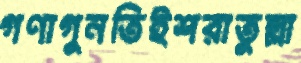
গণাগুনতিইশরাতুল্লা